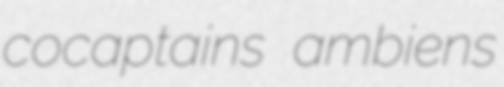
cocaptains ambiens